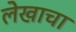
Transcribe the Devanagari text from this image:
लेेखाचा